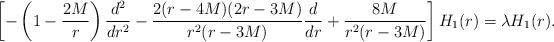
LaTeX: \begin{align*} \left[-\left(1-\frac{2M}{r}\right)\frac{d^2}{dr^2} -\frac{2(r-4M)(2r-3M)}{r^2(r-3M)}\frac{d}{dr} +\frac{8M}{r^2(r-3M)}\right] H_1(r) = \lambda H_1(r).\end{align*}